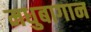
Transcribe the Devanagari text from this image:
मधुबागान